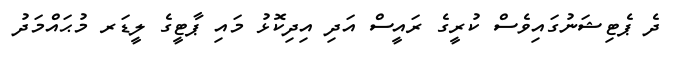
ދެ ޕެޓިޝަނުގައިވެސް ކުރީގެ ރައީސް އަދި އިދިކޮޅު މައި ޕާޓީގެ ލީޑަރ މުޙައްމަދު